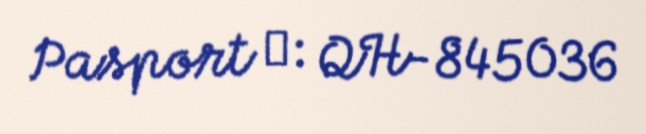
Pasport №: QH-845036